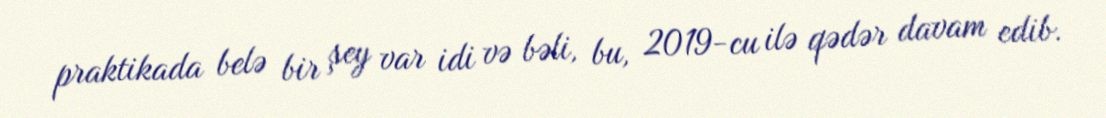
praktikada belə bir şey var idi və bəli, bu, 2019-cu ilə qədər davam edib.